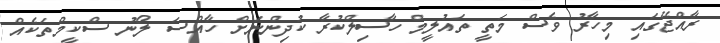
ރާއްޖޭގައި މިހާރު ވެސް މަތީ ތައުލީމް ހާސިލްކުރާ ކުދިންނަށް ހާއްސަ ލޯނު ސްކީމްތަކެއް